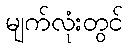
မျက်လုံးတွင်